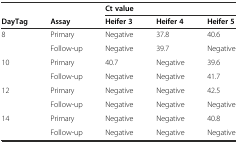
<table><thead><tr><td></td><td></td><td colspan="3"><b>Ct value</b></td></tr><tr><td><b>DayTag</b></td><td><b>Assay</b></td><td><b>Heifer 3</b></td><td><b>Heifer 4</b></td><td><b>Heifer 5</b></td></tr></thead><tbody><tr><td rowspan="2">8</td><td>Primary</td><td>Negative</td><td>37.8</td><td>40.6</td></tr><tr><td>Follow-up</td><td>Negative</td><td>39.7</td><td>Negative</td></tr><tr><td rowspan="2">10</td><td>Primary</td><td>40.7</td><td>Negative</td><td>39.6</td></tr><tr><td>Follow-up</td><td>Negative</td><td>Negative</td><td>41.7</td></tr><tr><td rowspan="2">12</td><td>Primary</td><td>Negative</td><td>Negative</td><td>42.5</td></tr><tr><td>Follow-up</td><td>Negative</td><td>Negative</td><td>Negative</td></tr><tr><td rowspan="2">14</td><td>Primary</td><td>Negative</td><td>Negative</td><td>40.8</td></tr><tr><td>Follow-up</td><td>Negative</td><td>Negative</td><td>Negative</td></tr></tbody></table>